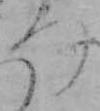
つ